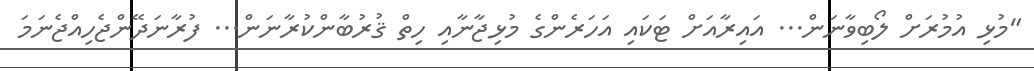
"މުޅި އުމުރަށް ލޯބިވާނަން... އައިރާއަށް ޓަކައި އަހަރެންގެ މުޅިޖާނާއި ހިތް ޤުރުބާންކުރާނަން... ފުރާނަދޭންޖެހިއްޖެނަމަ